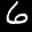
Label: 6